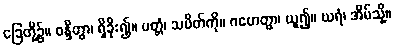
ခြေတို့၌။ ဝန္ဒိတွာ၊ ရှိခိုး၍။ ပတ္တံ၊ သပိတ်ကို။ ဂဟေတွာ၊ ယူ၍။ ဃရံ၊ အိမ်သို့။